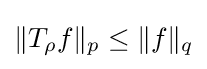
\|T_{\rho }f\|_{p}\leq \|f\|_{q}